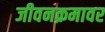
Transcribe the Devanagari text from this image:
जीवनक्रमावर